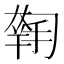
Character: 𡙳